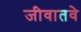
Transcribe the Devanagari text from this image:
जीवातवे